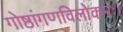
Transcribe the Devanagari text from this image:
गोष्ठांगणविलोकनः।